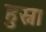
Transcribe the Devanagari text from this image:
हुस्ना